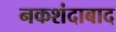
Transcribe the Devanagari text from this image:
नकशंदाबाद